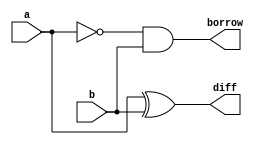
`timescale 1ns / 1ps
//////////////////////////////////////////////////////////////////////////////////
// Company: 
// Engineer: 
// 
// Design Name: 
// Module Name: half_subtractor
// Project Name: 
// Target Devices: 
// Tool Versions: 
// Description: 
// 
// Dependencies: 
// 
// Revision:
// Revision 0.01 - File Created
// Additional Comments:
// 
//////////////////////////////////////////////////////////////////////////////////


module half_subtractor(
    input a,
    input b,
    output diff,
    output borrow
    );
   assign diff=a^b;
   assign borrow=(~a)&b;
endmodule